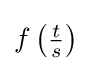
{\textstyle f\left({\frac {t}{s}}\right)}